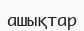
ашықтар